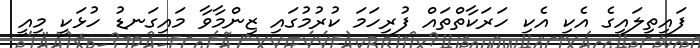
ފައިތިލައިގެ އެކި އެކި ހަރަކާތްތައް ފުރިހަމަ ކުރުމުގައި ޒިންމާވާ މައިގަނޑު ހުޅަކީ މިއީ